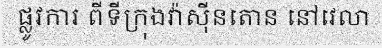
ផ្លូវការ ពីទីក្រុងវ៉ាស៊ីនតោន នៅវេលា